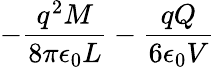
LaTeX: -\frac{q^{2}M}{8\pi\epsilon_{0}L}-\frac{qQ}{6\epsilon_{0}V}